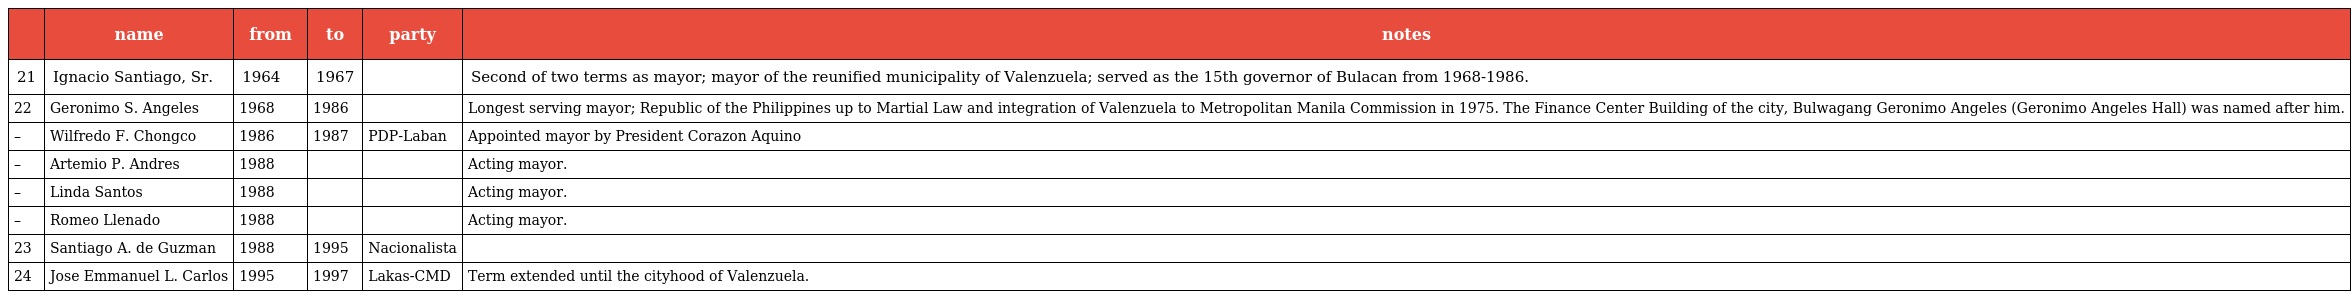
|  | name | from | to | party | notes |
 | --- | --- | --- | --- | --- | --- |
 | 21 | Ignacio Santiago, Sr. | 1964 | 1967 |  | Second of two terms as mayor; mayor of the reunified municipality of Valenzuela; served as the 15th governor of Bulacan from 1968-1986. |
 | 22 | Geronimo S. Angeles | 1968 | 1986 |  | Longest serving mayor; Republic of the Philippines up to Martial Law and integration of Valenzuela to Metropolitan Manila Commission in 1975. The Finance Center Building of the city, Bulwagang Geronimo Angeles (Geronimo Angeles Hall) was named after him. |
 | – | Wilfredo F. Chongco | 1986 | 1987 | PDP-Laban | Appointed mayor by President Corazon Aquino |
 | – | Artemio P. Andres | 1988 |  |  | Acting mayor. |
 | – | Linda Santos | 1988 |  |  | Acting mayor. |
 | – | Romeo Llenado | 1988 |  |  | Acting mayor. |
 | 23 | Santiago A. de Guzman | 1988 | 1995 | Nacionalista |  |
 | 24 | Jose Emmanuel L. Carlos | 1995 | 1997 | Lakas-CMD | Term extended until the cityhood of Valenzuela. |